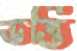
ভর্ত্তি